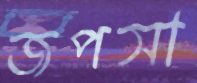
জপসা